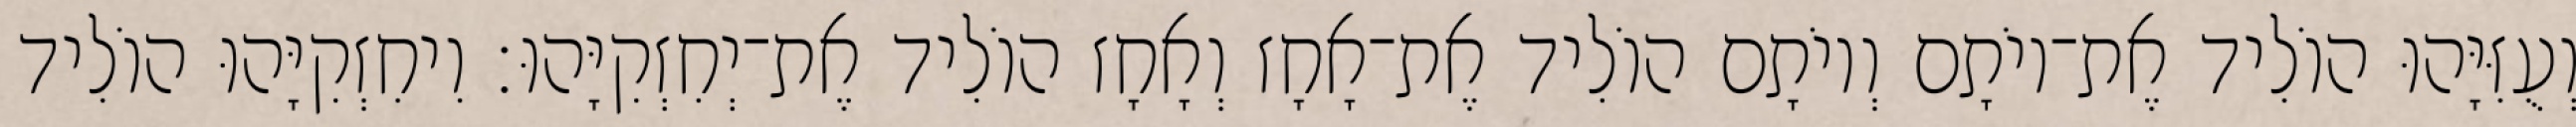
וְעֻזִּיָּהוּ הוֹלִיד אֶת־יוֹתָם וְיוֹתָם הוֹלִיד אֶת־אָחָז וְאָחָז הוֹלִיד אֶת־יְחִזְקִיָּהוּ׃ וִיחִזְקִיָּהוּ הוֹלִיד